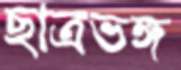
ছাত্রভঙ্গ